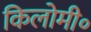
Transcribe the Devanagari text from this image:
किलोमी॰